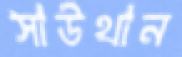
সাউথান